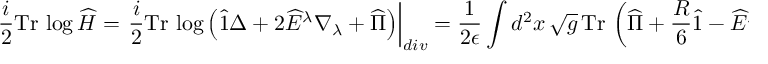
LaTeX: \frac { i } { 2 } \mathrm { T r } \, \log \widehat { \cal H } = \left. \frac { i } { 2 } \mathrm { T r } \, \log \left( \widehat { 1 } \Delta + 2 \widehat { E } ^ { \lambda } \nabla _ { \lambda } + \widehat { \Pi } \right) \right| _ { d i v } = \frac { 1 } { 2 \epsilon } \int d ^ { 2 } x \, \sqrt { g } \, \mathrm { T r } \, \left( \widehat { \Pi } + \frac { R } { 6 } \widehat { 1 } - \widehat { E } ^ { \lambda } \widehat { E } _ { \lambda } - \nabla _ { \lambda } \widehat { E } ^ { \lambda } \right) ,